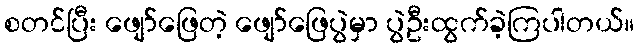
စတင်ပြီး ဖျော်ဖြေတဲ့ ဖျော်ဖြေပွဲမှာ ပွဲဦးထွက်ခဲ့ကြပါတယ်။